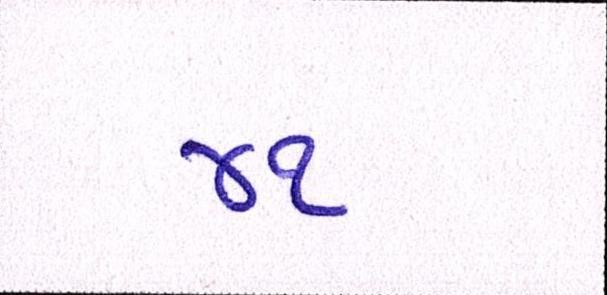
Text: ૪૧